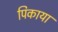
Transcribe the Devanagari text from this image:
पिकाया